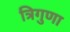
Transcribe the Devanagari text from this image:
त्रिगुणा